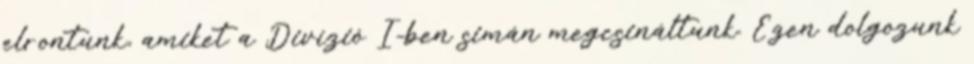
elrontunk, amiket a Divízió I-ben simán megcsináltunk. Ezen dolgozunk